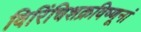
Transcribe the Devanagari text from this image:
विरिंचिशक्रविष्णूनां